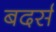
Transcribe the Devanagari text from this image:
बदर्स